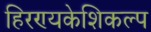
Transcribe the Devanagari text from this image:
हिरण्यकेशिकल्प